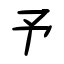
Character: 予